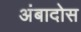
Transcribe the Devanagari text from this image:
अंबादोस